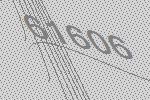
61606